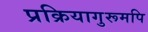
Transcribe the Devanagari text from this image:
प्रक्रियागुरूमपि